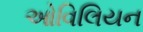
ઓવિલિયન